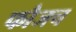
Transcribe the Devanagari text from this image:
फौजच